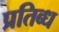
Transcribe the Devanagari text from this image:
प्रतिब्ध